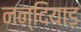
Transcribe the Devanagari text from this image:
नन्दियाड़